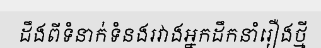
ដឹងពីទំនាក់ទំនងរវាងអ្នកដឹកនាំរឿងថ្មី